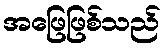
အဖြေဖြစ်သည်